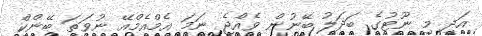
އަދި މި ނޫޓުގެ ބަދަލު ބޭނުން ވެއްޖެ ނަމަ އެމްއެމްއޭ ނުވަތަ ބޭންކް